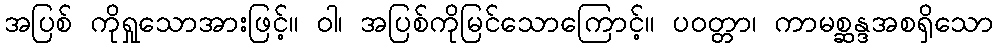
အပြစ် ကိုရှုသောအားဖြင့်။ ဝါ၊ အပြစ်ကိုမြင်သောကြောင့်။ ပဝတ္တာ၊ ကာမစ္ဆန္ဒအစရှိသော